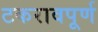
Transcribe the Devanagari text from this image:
टकरावपूर्ण